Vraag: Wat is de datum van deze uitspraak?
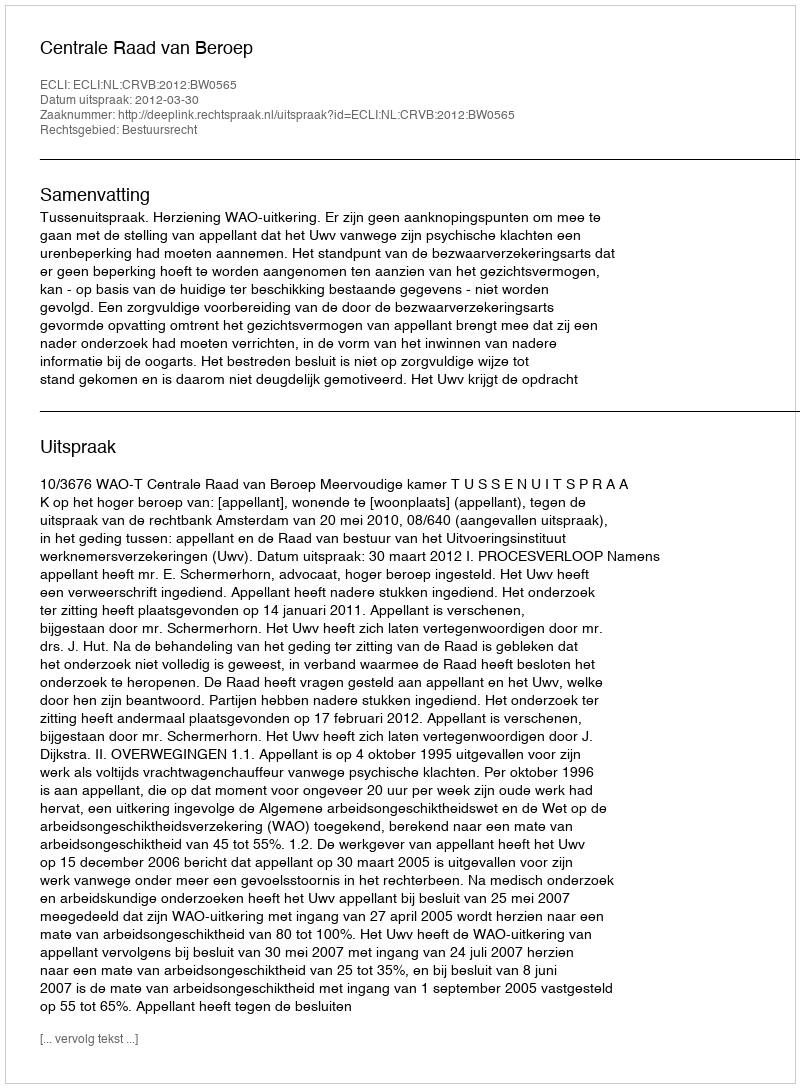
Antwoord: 2012-03-30